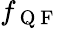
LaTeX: f_{\mathrm{~Q~F~}}